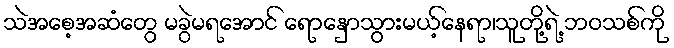
သဲအစေ့အဆံတွေ မခွဲမရအောင် ရောနှောသွားမယ့်နေရာ၊သူတို့ရဲ့ ဘဝသစ်ကို